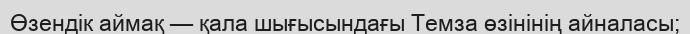
Өзендік аймақ — қала шығысындағы Темза өзінінің айналасы;